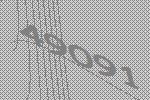
49091